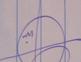
Signature authenticity: genuine